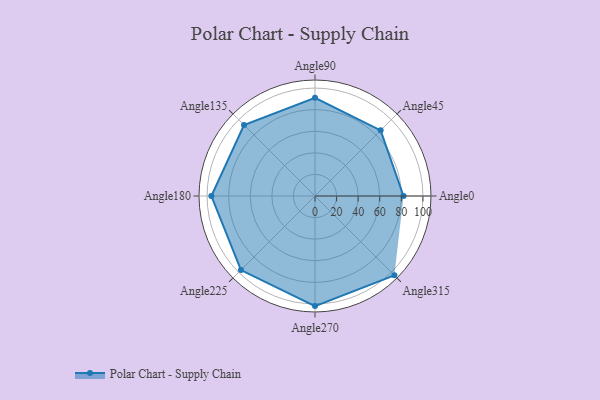
{"axis": {"x": "Angle", "y": "Radius"}, "legend": [""], "data": [{"x": "Angle0", "y": 82.0, "type": ""}, {"x": "Angle45", "y": 86.0, "type": ""}, {"x": "Angle90", "y": 91.0, "type": ""}, {"x": "Angle135", "y": 93.0, "type": ""}, {"x": "Angle180", "y": 96.0, "type": ""}, {"x": "Angle225", "y": 97.0, "type": ""}, {"x": "Angle270", "y": 102.0, "type": ""}, {"x": "Angle315", "y": 104.0, "type": ""}]}